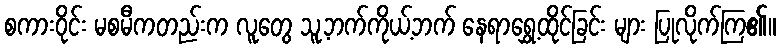
စကားဝိုင်း မစမီကတည်းက လူတွေ သူ့ဘက်ကိုယ့်ဘက် နေရာရွှေ့ထိုင်ခြင်း များ ပြုလိုက်ကြ၏။